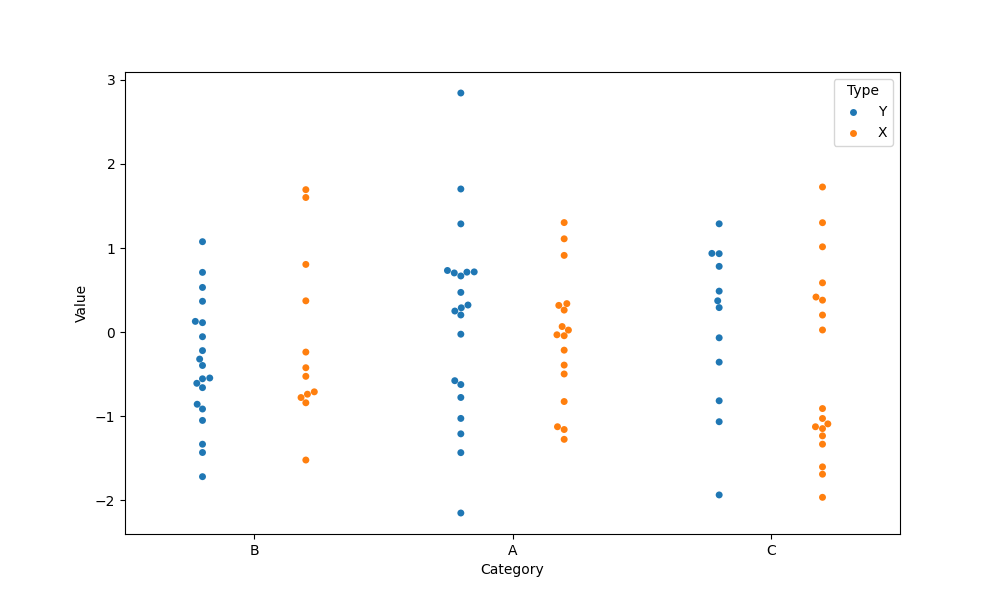
python, seaborn, swarmplot, dodge=True, alpha=1.0, size=5